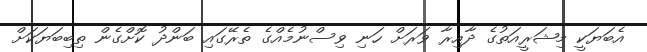
އެބަޔަކީ މިޝަރީއަތުގެ ދާއިރާ ވަރަށް ހަނި ވިސްނުމެއްގެ ތެރޭގައި ބަންދު ކޮށްގެން ތިބިބަޔަކަށް